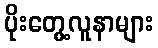
ပိုးတွေ့လူနာများ